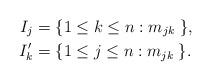
LaTeX: \begin{align*}I_{j}&=\{1\leq k\leq n:m_{jk}\;\},\\I_{k}'&=\{1\leq j\leq n:m_{jk}\;\}.\end{align*}